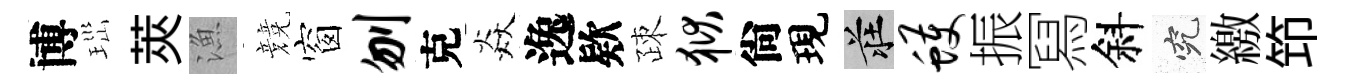
博𤤼莢漁競窗刎克焱逸欵疎狱尙現莊蠖振冩斜究繳笻